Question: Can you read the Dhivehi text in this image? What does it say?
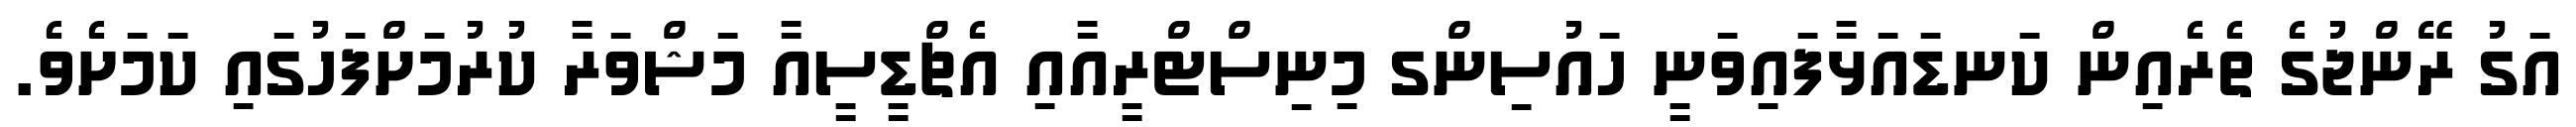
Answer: އަގު ރޭންޖުގެ ތެރެއިން ކަނޑައަޅާފައިވަނީ ހައުސިންގ މިނިސްޓްރީއާއި އެޗްޑީސީއާ މަޝްވަރާ ކުރުމަށްފަހުގައި ކަމަށެވެ.